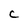
Character: C